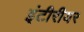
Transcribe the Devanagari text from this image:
इंटीरीयर